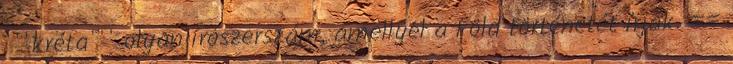
'''kréta''' olyan írószerszám, amellyel a Föld történetét írják. ==